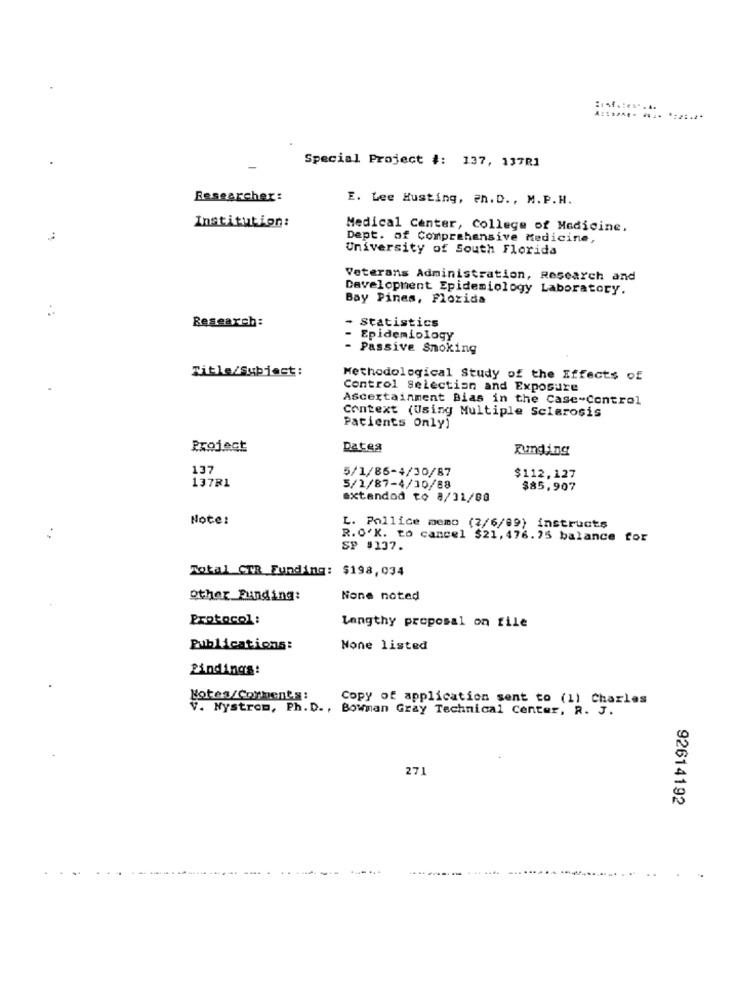
Special Project #: 137, 137R1
Researcher:
E. Lee Husting, @n. D ., M. P.H.
Institution:
Medical Center, College of Medicine.
Dept. of Comprehensive Medicine,
University of South Florida
Veterans Administration, Research and
Development Epidemiology Laboratory.
Bay Pines, Florida
- Statistics
Research:
Epidemiology
- Passive Smoking
Title/Subject:
Methodological Study of the Effects of
Control Selection and Exposure
Ascertainment Bias in the Case-Control
Context (Using Multiple Sclerosis
Patients Only)
Project
Dates
Runding
137
137R1
5/1/86-4/30/87
$112.127
5/1/87-4/10/88
$85.907
axtandod to 8/31/00
Note:
L. Pollice memo (2/6/69) instructs
R. O.K. to cancel $21,476.75 balance for
SP #137.
Total CTR Funding: $198,034
Other Funding:
None noted
Protocol:
Lengthy proposal on file
Publications:
None listed
Bindings:
Botes/Cothen's:
Copy of application sent to (1) Charles
V. Nystrom, Ph. D ., Bowman Gray Technical Center, R. J.
271
92614192